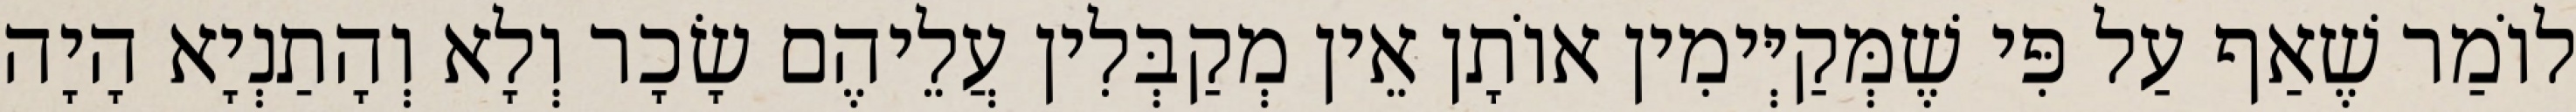
לוֹמַר שֶׁאַף עַל פִּי שֶׁמְּקַיְּימִין אוֹתָן אֵין מְקַבְּלִין עֲלֵיהֶם שָׂכָר וְלָא וְהָתַנְיָא הָיָה